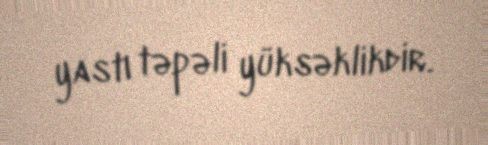
yastı təpəli yüksəklikdir.